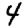
Digit: 4